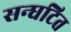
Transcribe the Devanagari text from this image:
सन्घटित